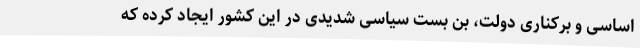
اساسی و برکناری دولت، بن بست سیاسی شدیدی در این کشور ایجاد کرده که